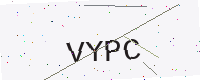
Text: VYPC